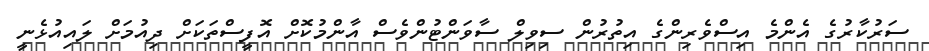
ސަރުކާރުގެ އެންމެ އިސްވެރިންގެ އިތުރުން ސިވިލް ސާވަންޓުންވެސް އާންމުކޮށް އޮފީސްތަކަށް ދިއުމަށް ލައިއުޅެނީ